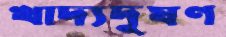
খাদ্যদূষণ